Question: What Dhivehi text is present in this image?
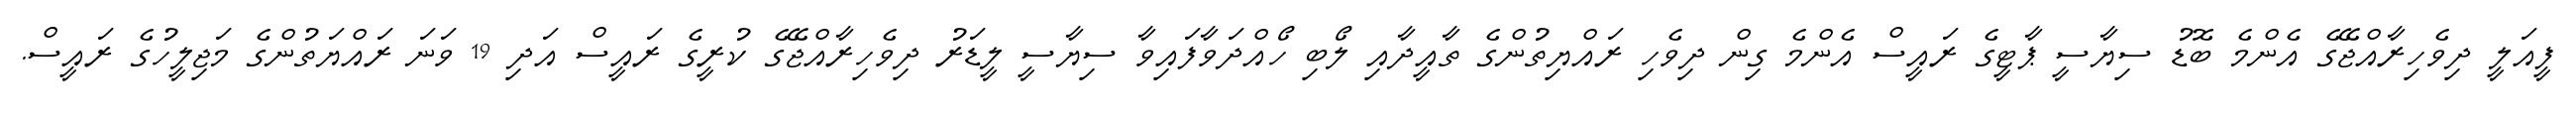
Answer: ފީއަލީ ދިވެހިރާއްޖޭގެ އެންމެ ބޮޑު ސިޔާސީ ޕާޓީގެ ރައީސް އެންމެ ގިން ދިވެހި ރައްޔިތުންގެ ތާއީދާއި ލޯބި ހޯއްދަވާފައިވާ ސިޔާސީ ލީޑަރު ދިވެހިރާއްޖޭގެ ކުރީގެ ރައީސް އަދި 19 ވަނަ ރައްޔަތުންގެ މަޖިލީހުގެ ރައީސް.